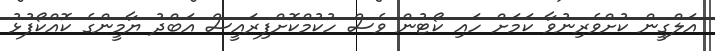
އަލްގީން ކުށްވެރިނުވާ ކަމަށް ހައި ކޯޓުން ވެސް ހުކުމްކޮށްފިރައީސް އަބްދު ޔާމީންގެ ކޮއްކޯފުޅު